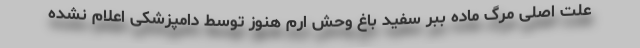
علت اصلی مرگ ماده ببر سفید باغ‌ وحش ارم هنوز توسط دامپزشکی اعلام نشده